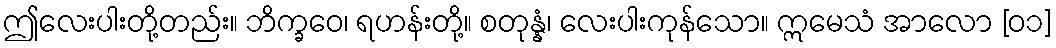
ဤလေးပါးတို့တည်း။ ဘိက္ခဝေ၊ ရဟန်းတို့။ စတုန္နံ၊ လေးပါးကုန်သော။ ဣမေသံ အာလော [၀၁]